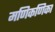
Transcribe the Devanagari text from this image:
मणिकणिका